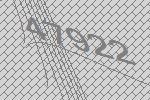
47922